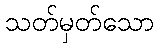
သတ်မှတ်သော